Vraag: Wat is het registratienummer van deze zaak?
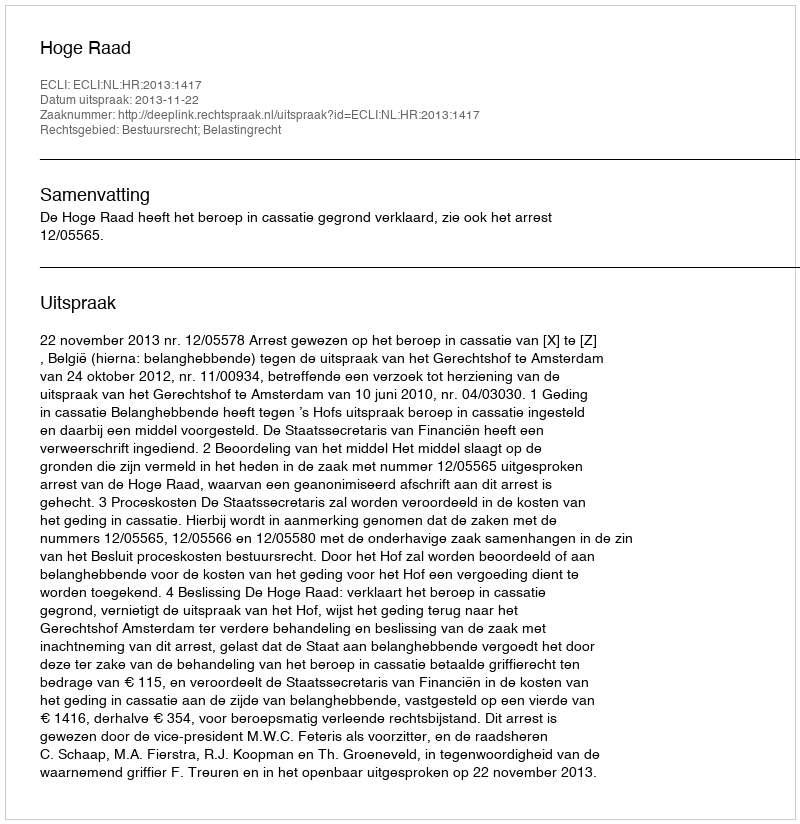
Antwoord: http://deeplink.rechtspraak.nl/uitspraak?id=ECLI:NL:HR:2013:1417